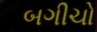
બગીચો